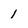
Character: 1